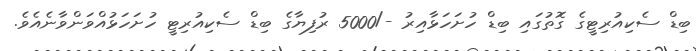
ބިޑް ސެކިއުރިޓީގެ ގޮތުގައި ބިޑް ހުށަަހަޅާއިރު -/5000 ރުފިޔާގެ ބިޑް ސެކިއުރިޓީ ހުށަހަޅުއްވަންވާނެއެވެ.